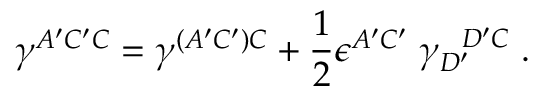
\gamma ^ { A ^ { \prime } C ^ { \prime } C } = \gamma ^ { ( A ^ { \prime } C ^ { \prime } ) C } + { \frac { 1 } { 2 } } \epsilon ^ { A ^ { \prime } C ^ { \prime } } \; \gamma _ { D ^ { \prime } } ^ { \; \; \; D ^ { \prime } C } \; .